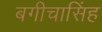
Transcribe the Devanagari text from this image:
बगीचासिंह